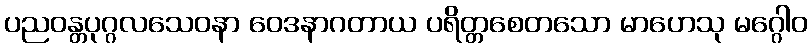
ပညဝန္တပုဂ္ဂလသေဝနာ ဝေဒနာဂတာယ ပရိတ္တစေတသော မာဟေသု မဂ္ဂေါဝ